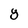
Character: 8